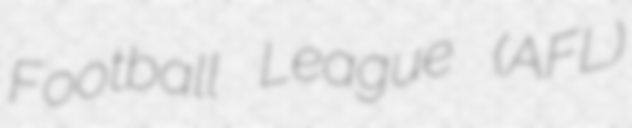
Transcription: Football League (AFL)